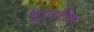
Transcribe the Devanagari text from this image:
दुपारीच